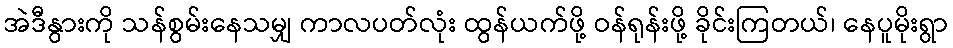
အဲဒီနွားကို သန်စွမ်းနေသမျှ ကာလပတ်လုံး ထွန်ယက်ဖို့ ဝန်ရုန်းဖို့ ခိုင်းကြတယ်၊ နေပူမိုးရွာ